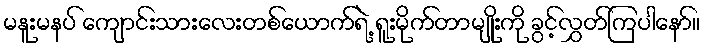
မနူးမနပ် ကျောင်းသားလေးတစ်ယောက်ရဲ့ ရူးမိုက်တာမျိုးကို ခွင့်လွှတ်ကြပါနော်။